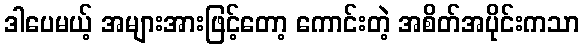
ဒါပေမယ့် အများအားဖြင့်တော့ ကောင်းတဲ့ အစိတ်အပိုင်းကသာ